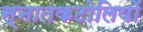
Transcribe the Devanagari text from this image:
स्नातकटोलियों